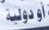
أودولية